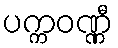
ပက္ကဝဏ္ဏီ